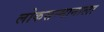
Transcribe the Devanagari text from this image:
लोकसन्मानाला